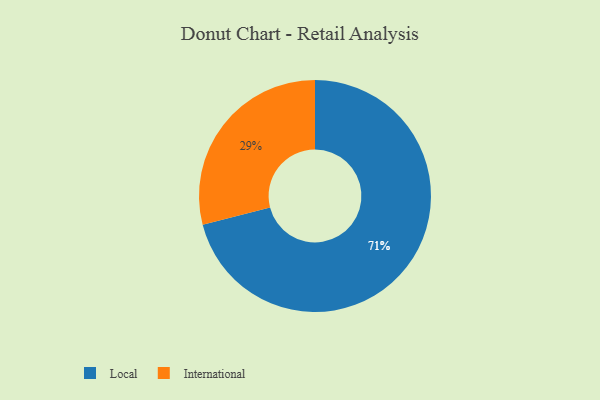
{"axis": {"x": "Category", "y": "Percentage"}, "legend": ["International", "Local"], "data": [{"x": "Local", "y": 71, "type": "Local"}, {"x": "International", "y": 29, "type": "International"}]}